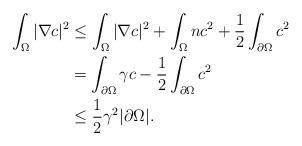
\begin{align*}\begin{aligned} \int_{\Omega}|\nabla c|^{2} &\le \int_{\Omega}|\nabla c|^{2}+\int_{\Omega}nc^{2}+\frac{1}{2}\int_{\partial\Omega}c^{2} \\&=\int_{\partial\Omega}\gamma c-\frac{1}{2}\int_{\partial\Omega}c^{2} \\&\le \frac{1}{2} \gamma^{2}|\partial \Omega|.\end{aligned}\end{align*}